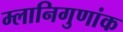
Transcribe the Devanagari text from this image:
म्लानिगुणांक